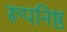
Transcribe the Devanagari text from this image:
रूपनिष्ठ